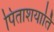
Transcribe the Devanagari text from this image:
पिताशयार्ति